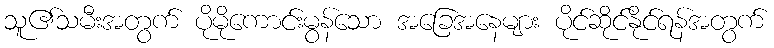
သူ၏သမီးအတွက် ပိုမိုကောင်းမွန်သော အခြေအနေများ ပိုင်ဆိုင်နိုင်ရန်အတွက်